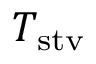
T _ { \mathrm { s t v } }